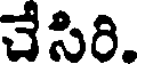
చేసిరి.